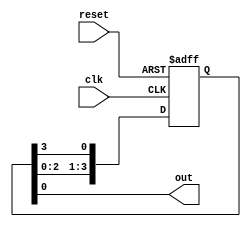
module RingCounter(
    input wire clk,
    input wire reset,
    output reg out
);

reg [3:0] state;

always @(posedge clk or posedge reset) begin
    if (reset) begin
        state <= 4'b0001;
    end else begin
        state <= {state[2:0], state[3]};
    end
end

assign out = state[0];

endmodule